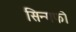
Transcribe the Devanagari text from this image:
सिन्गफो